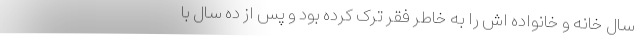
سال خانه و خانواده اش را به خاطر فقر ترک کرده بود و پس از ده سال با